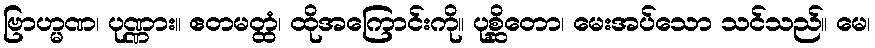
ဗြာဟ္မဏ၊ ပုဏ္ဏား။ ဧတမတ္ထံ၊ ထိုအကြောင်းကို။ ပုစ္ဆိတော၊ မေးအပ်သော သင်သည်။ မေ၊